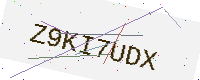
Text: Z9KI7UDX